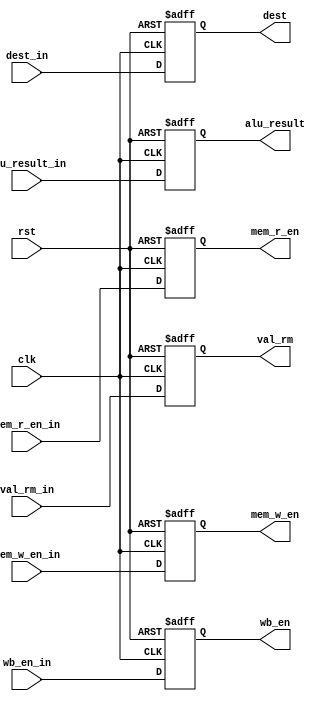
module EXE_stage_reg #(parameter BIT_NUMBER = 32) (
  input clk, rst,
  input wb_en_in, mem_r_en_in, mem_w_en_in,
  input [BIT_NUMBER - 1:0] alu_result_in, val_rm_in,
  input [3:0] dest_in,
  output reg wb_en, mem_r_en, mem_w_en,
  output reg [BIT_NUMBER - 1:0] alu_result, val_rm,
  output reg [3:0] dest
  );
  always @ ( posedge clk, posedge rst ) begin
    if (rst) begin
      {wb_en, mem_r_en, mem_w_en,alu_result, val_rm, dest} = 71'b0;
    end
    else begin
      {wb_en, mem_r_en, mem_w_en, alu_result, val_rm, dest} = 
      {wb_en_in, mem_r_en_in, mem_w_en_in, alu_result_in, val_rm_in, dest_in};
    end
  end
endmodule